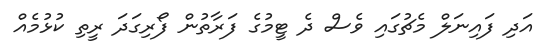
އަދި ފައިނަލް މެޗުގައި ވެސް ދެ ޓީމުގެ ފަރާތުން ފޯރިގަދަ ރީތި ކުޅުމެއް